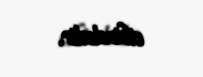
cibindədir.